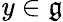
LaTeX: \mathit{y}\in{\mathfrak{{g}}}